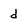
Character: d